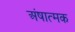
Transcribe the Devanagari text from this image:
अंषात्मक